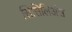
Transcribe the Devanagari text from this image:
सिसिलिअंस